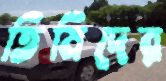
তিমিদের